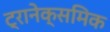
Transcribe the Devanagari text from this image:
ट्रानेक्समिक